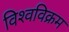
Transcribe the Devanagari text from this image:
विश्‍वविक्रम